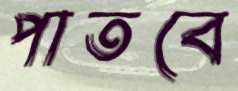
পাতবে